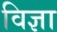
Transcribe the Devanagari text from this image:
विज्ञा